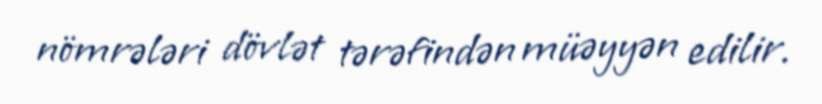
nömrələri dövlət tərəfindən müəyyən edilir.